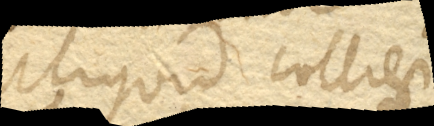
aliquid colligi